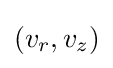
(v_{r},v_{z})